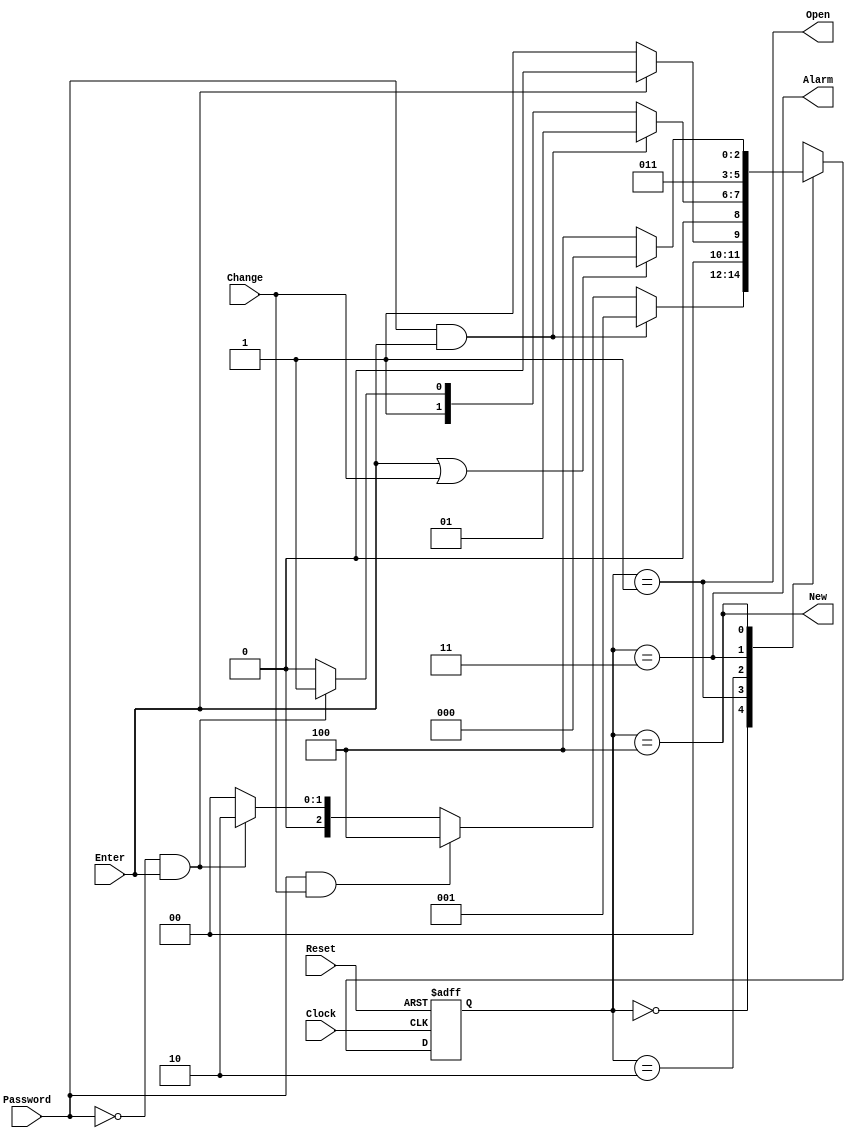
module combo_lock(Alarm,New,Open,Clock,Change,Enter,Reset,Password);

	input Clock,Reset,Change,Enter,Password;
	output Alarm,New,Open;

	reg[2:0]y,Y;

	parameter A= 3'b000, B = 3'b001, C = 3'b010, D = 3'b011, E = 3'b100; //A = default , B = open , C = failure , D = alarm, E = change state

	always @(y,Enter,Change,Password)
	begin
		case(y)
				// if the password is correct and they hit enter go to the open state
			A: if(Password == 1 & Enter == 1)
					Y = B;
				// if the password is correct and they hit change go to the change state
				else if (Password == 1 & Change == 1)
					Y = E;
				// if the password is wrong and they hit enter go to the failure state
				else if (Password == 0 & Enter == 1)
					Y = C;
				else
					Y = A;
					
			B: if (Enter == 1)
					Y = A;
				else
					Y = B;
					
			C: if (Password == 1 & Enter == 1)
					Y = B;
				// if they enter password wrong again go to alarm state
				else if (Password == 0 & Enter == 1)
					Y = D;
				else
					Y = C;
			
			D: Y = D;
				
				// if they reset password go back to default state
			E: if (Enter == 1 | Change == 1)
					Y = A;
				else
					Y = E;
					
			default: Y = 3'bxxx;
		
		endcase
	end
	
	
	always @(posedge Clock, negedge Reset)
	begin
		// if reset is ever hit go back to default state at anytime
		if(Reset == 0)
			y <= A;
		else
			y <= Y;
	end	

	assign Open = (y == B);
	assign New = (y == E);
	assign Alarm = (y == D);
	
endmodule